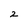
Character: 2